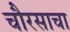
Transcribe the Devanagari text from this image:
चौरसाचा